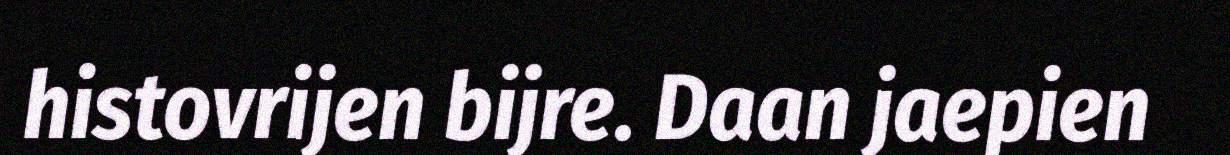
histovrijen bijre. Daan jaepien